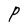
Character: P